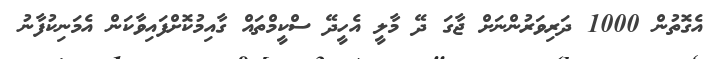
އެގޮތުން 1000 ދަރިވަރުންނަށް ޖާގަ ދޭ މާލީ އެހީދޭ ސްކީމްތައް ގާއިމުކޮށްފައިވާކަން އެމަނިކުފާނު